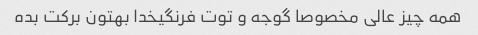
همه چیز عالی مخصوصا گوجه و توت فرنگیخدا بهتون برکت بده